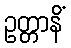
ဥတ္တာနိံ